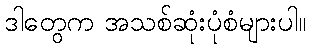
ဒါတွေက အသစ်ဆုံးပုံစံများပါ။